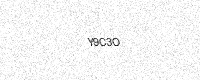
Text: Y9C3O